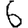
Digit: 6